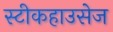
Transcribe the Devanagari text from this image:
स्टीकहाउसेज